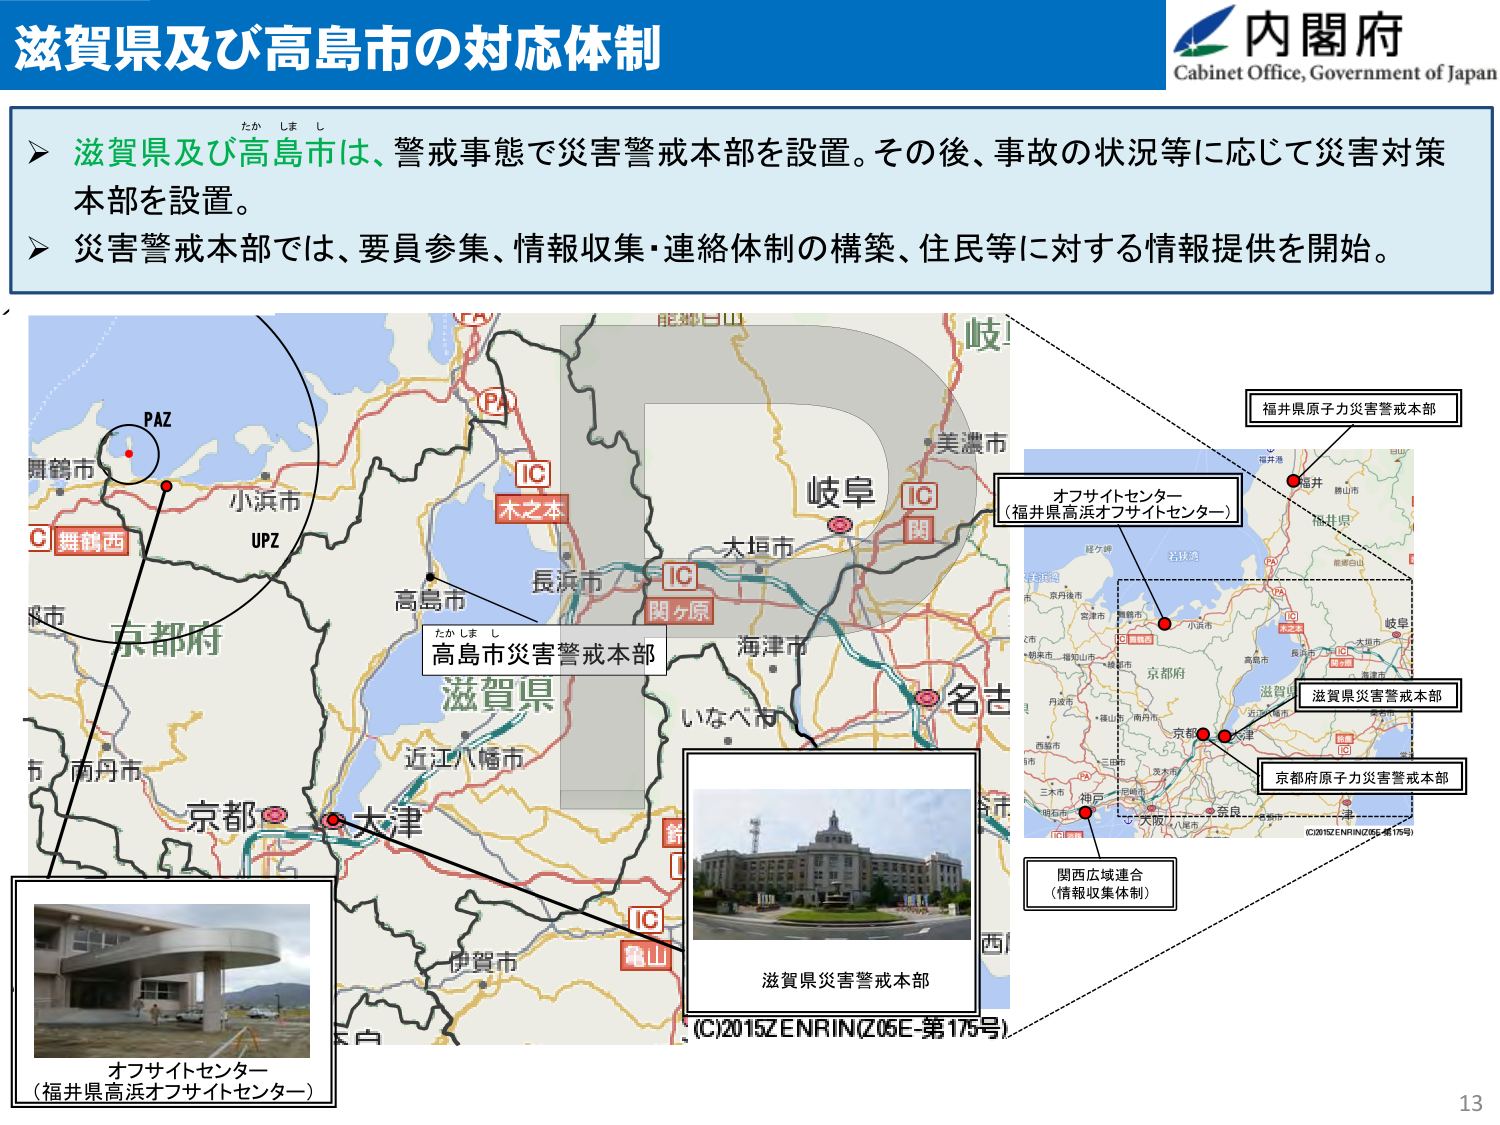
滋賀県及び高島市の対応体制

内閣府
Cabinet Office, Government of Japan

➤ 滋賀県及び高島市は、警戒事態で災害警戒本部を設置。その後、事故の状況等に応じて災害対策本部を設置。
➤ 災害警戒本部では、要員参集、情報収集・連絡体制の構築、住民等に対する情報提供を開始。

PAZ
舞鶴市
舞鶴西
小浜市
UPZ
京都府
南丹市
京都
大津
高島市
滋賀県
近江八幡市
伊賀市
木之本
IC
長浜市
関ヶ原
IC
大垣市
岐阜
IC
関
海津市
いなべ市
名古屋
美濃市
岐阜
福井県
福井
福井県高浜オフサイトセンター
オフサイトセンター
（福井県高浜オフサイトセンター）
福井県原子力災害警戒本部
滋賀県災害警戒本部
京都府原子力災害警戒本部
関西広域連合
（情報収集体制）
たかしまし
高島市災害警戒本部
滋賀県災害警戒本部
オフサイトセンター
（福井県高浜オフサイトセンター）
(C)2015ZENRIN(Z05E-第175号)
(C)2015ZENRIN(Z05E-第175号)
13